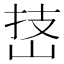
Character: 𪨵